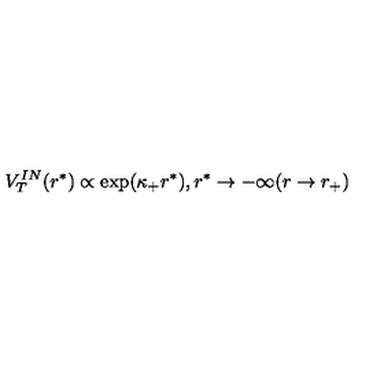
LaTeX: V _ { T } ^ { I N } ( r ^ { * } ) \propto \exp ( \kappa _ { + } r ^ { * } ) , r ^ { * } \to - \infty ( r \to r _ { + } )